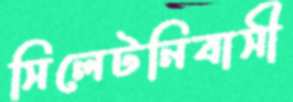
সিলেটনিবাসী